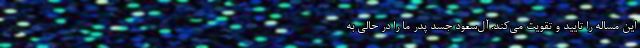
این مساله را تایید و تقویت می‌کند. آل‌سعود جسد پدر ما را در حالی به